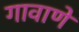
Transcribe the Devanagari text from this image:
गावाणे